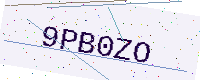
Text: 9PB0ZO